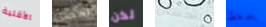
الأقلية امضى لكن للتجسس بضغط